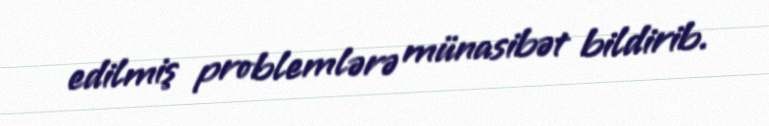
edilmiş problemlərə münasibət bildirib.